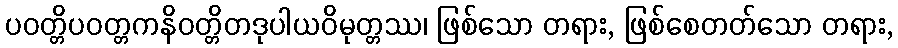
ပဝတ္တိပဝတ္တကနိဝတ္တိတဒုပါယဝိမုတ္တဿ၊ ဖြစ်သော တရား, ဖြစ်စေတတ်သော တရား,